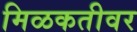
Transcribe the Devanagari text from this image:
मिळकतीवर